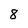
Character: 8